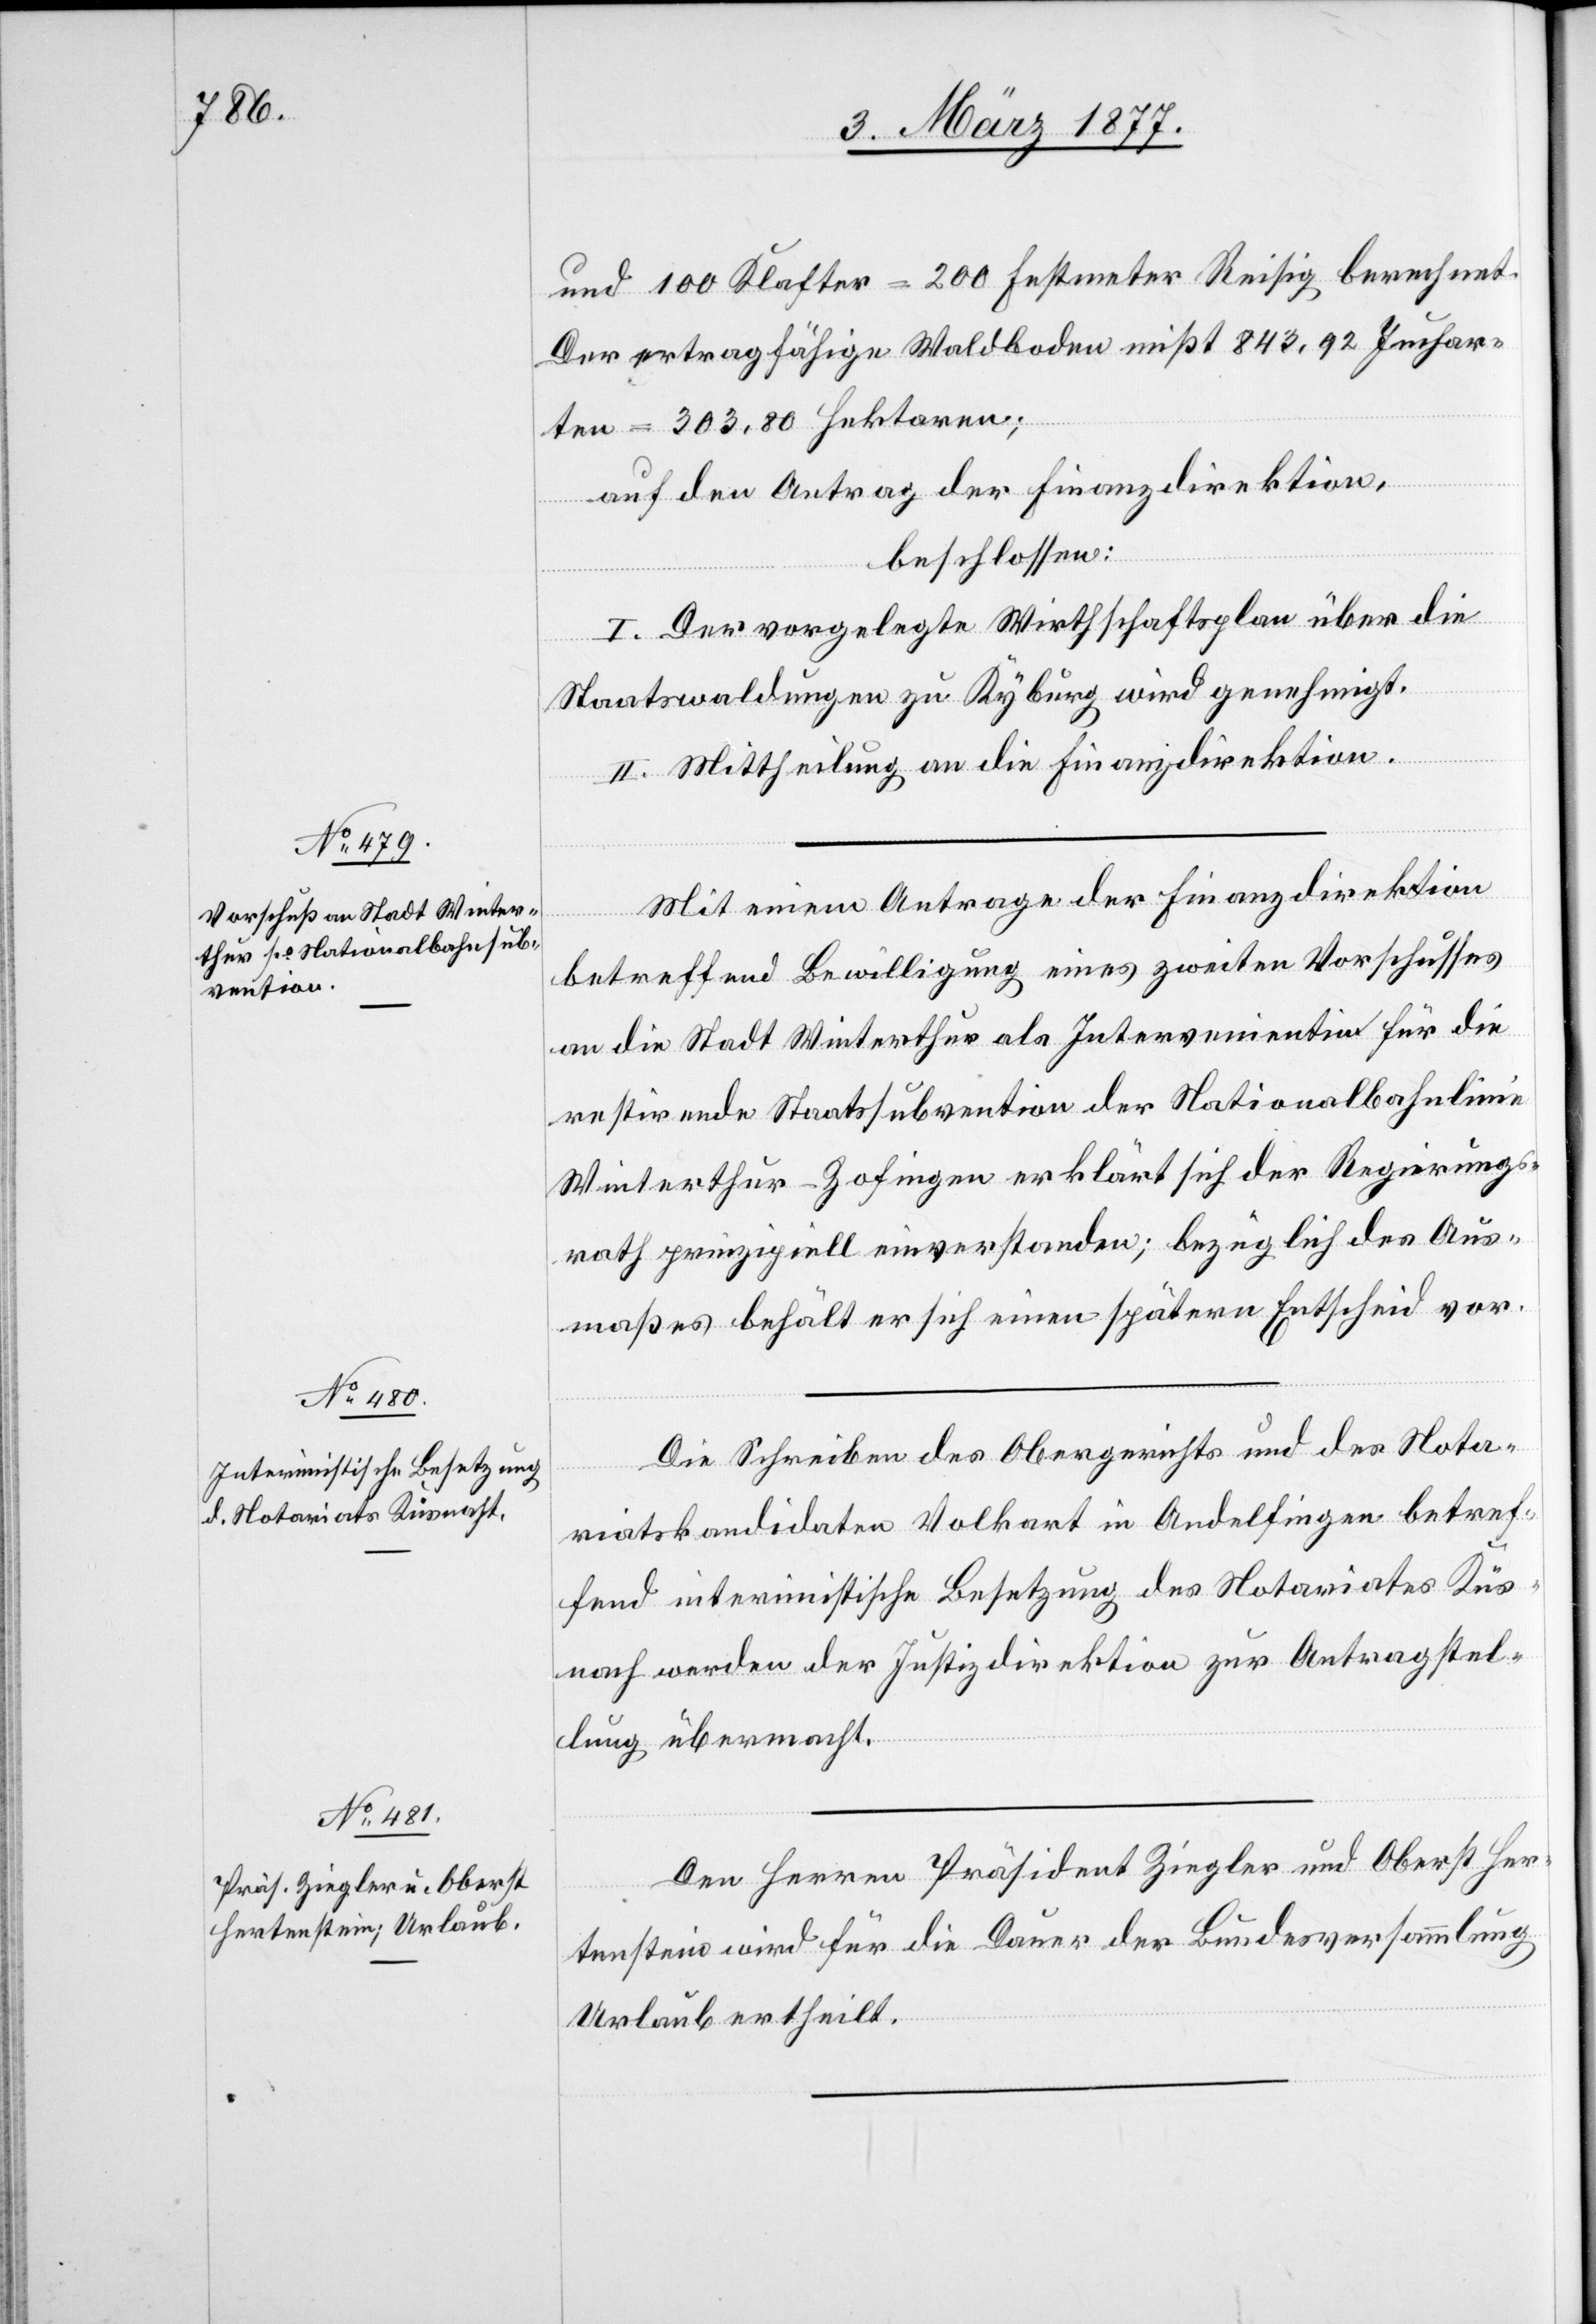
und 100 Klafter = 200 Festmeter Reisig berechnet.
Der ertragsfähige Waldboden mißt 843,92 Juchar¬
ten = 303,80 Hektaren.
auf den Antrag der Finanzdirektion,
beschlossen:
I. Der vorgelegte Wirthschaftsplan über die
Staatswaldungen zu Kyburg wird genehmigt.
II. Mittheilung an die Finanzdirektion.
Mit einem Antrage der Finanzdirektion
betreffend Bewilligung eines zweiten Vorschusses
an die Stadt Winterthur als Intervenientin für die
restirende Staatssubvention der Nationalbahnlinie
Winterthur–Zofingen erklärt sich der Regierungs¬
rath prinzipiell einverstanden; bezüglich des Aus¬
maßes behält er sich einen spätern Entscheid vor.
Die Schreiben des Obergerichtes und des Nota¬
riatskandidaten Volkart in Andelfingen betref¬
fend interimistische Besetzung des Notariates Küs¬
nacht werden der Justizdirektion zur Antragstel¬
lung übermacht.
Den Herren Präsident Ziegler und Oberst Her¬
tenstein wird für die Dauer der Bundesversammlung
Urlaub ertheilt.